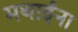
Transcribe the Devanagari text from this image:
मथाईना